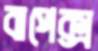
বাপেক্স